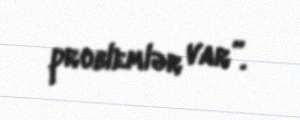
problemlər var”.